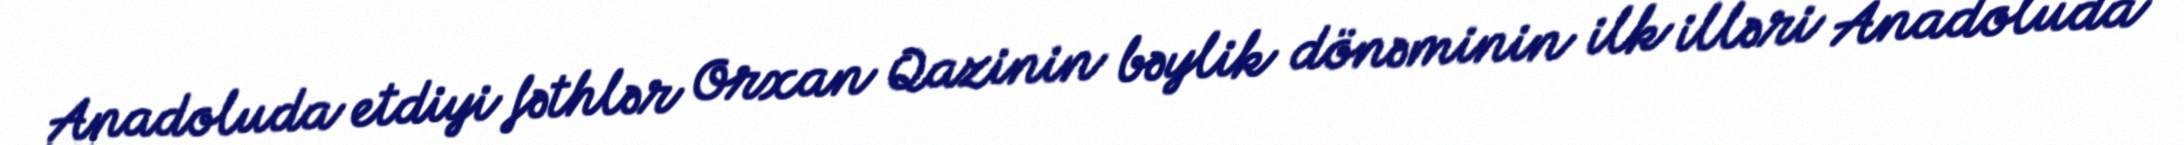
Anadoluda etdiyi fəthlər Orxan Qazinin bəylik dönəminin ilk illəri Anadoluda